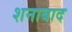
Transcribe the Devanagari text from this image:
शनाबाद